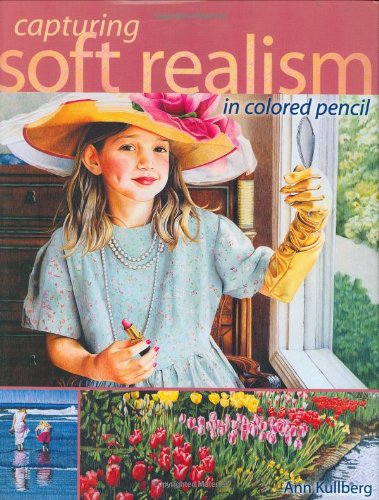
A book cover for Capturing Soft Realism in Colored Pencil; Ann Kullberg; Arts & Photography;